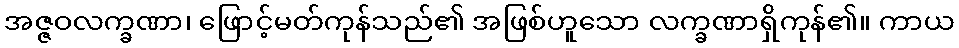
အဇ္ဇဝလက္ခဏာ၊ ဖြောင့်မတ်ကုန်သည်၏ အဖြစ်ဟူသော လက္ခဏာရှိကုန်၏။ ကာယ